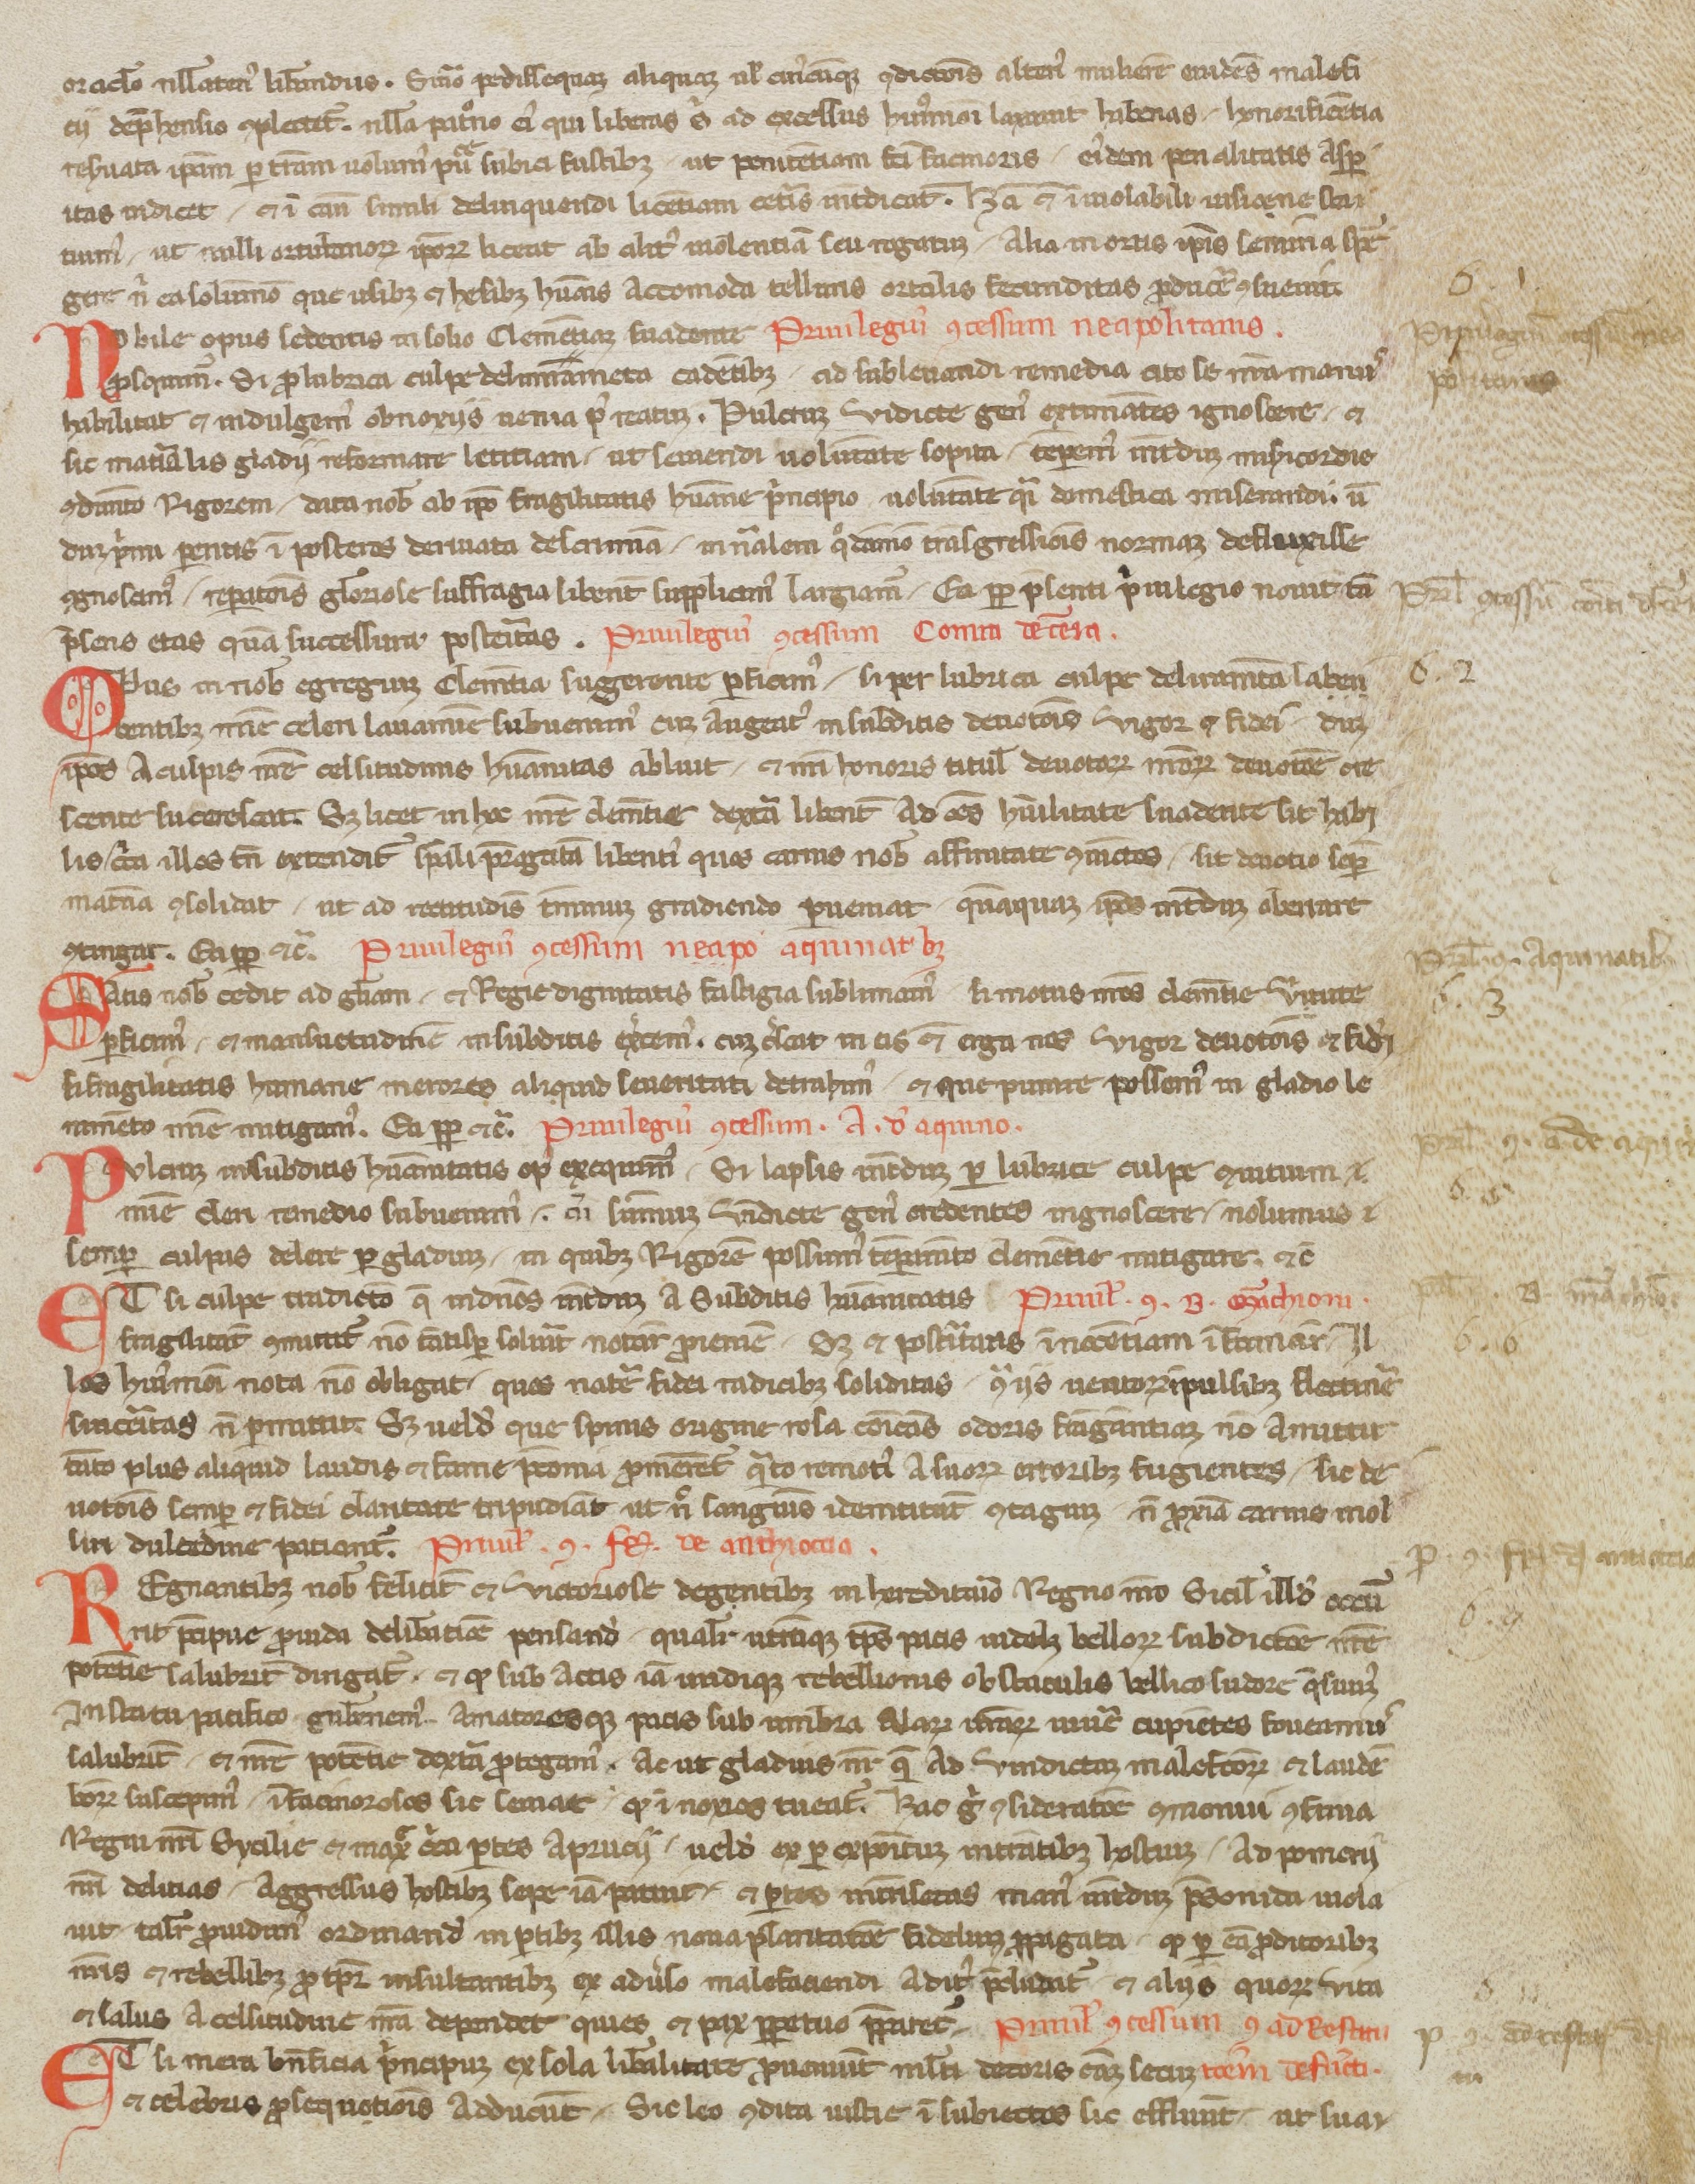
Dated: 1250–1299